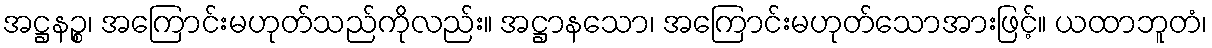
အဋ္ဌနဉ္စ၊ အကြောင်းမဟုတ်သည်ကိုလည်း။ အဋ္ဌာနသော၊ အကြောင်းမဟုတ်သောအားဖြင့်။ ယထာဘူတံ၊